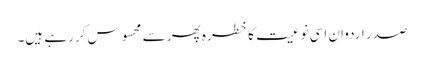
صدر اردوان اسی نوعیت کا خطرہ پھر سے محسوس کررہے ہیں۔